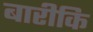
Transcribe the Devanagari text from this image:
बारीकि